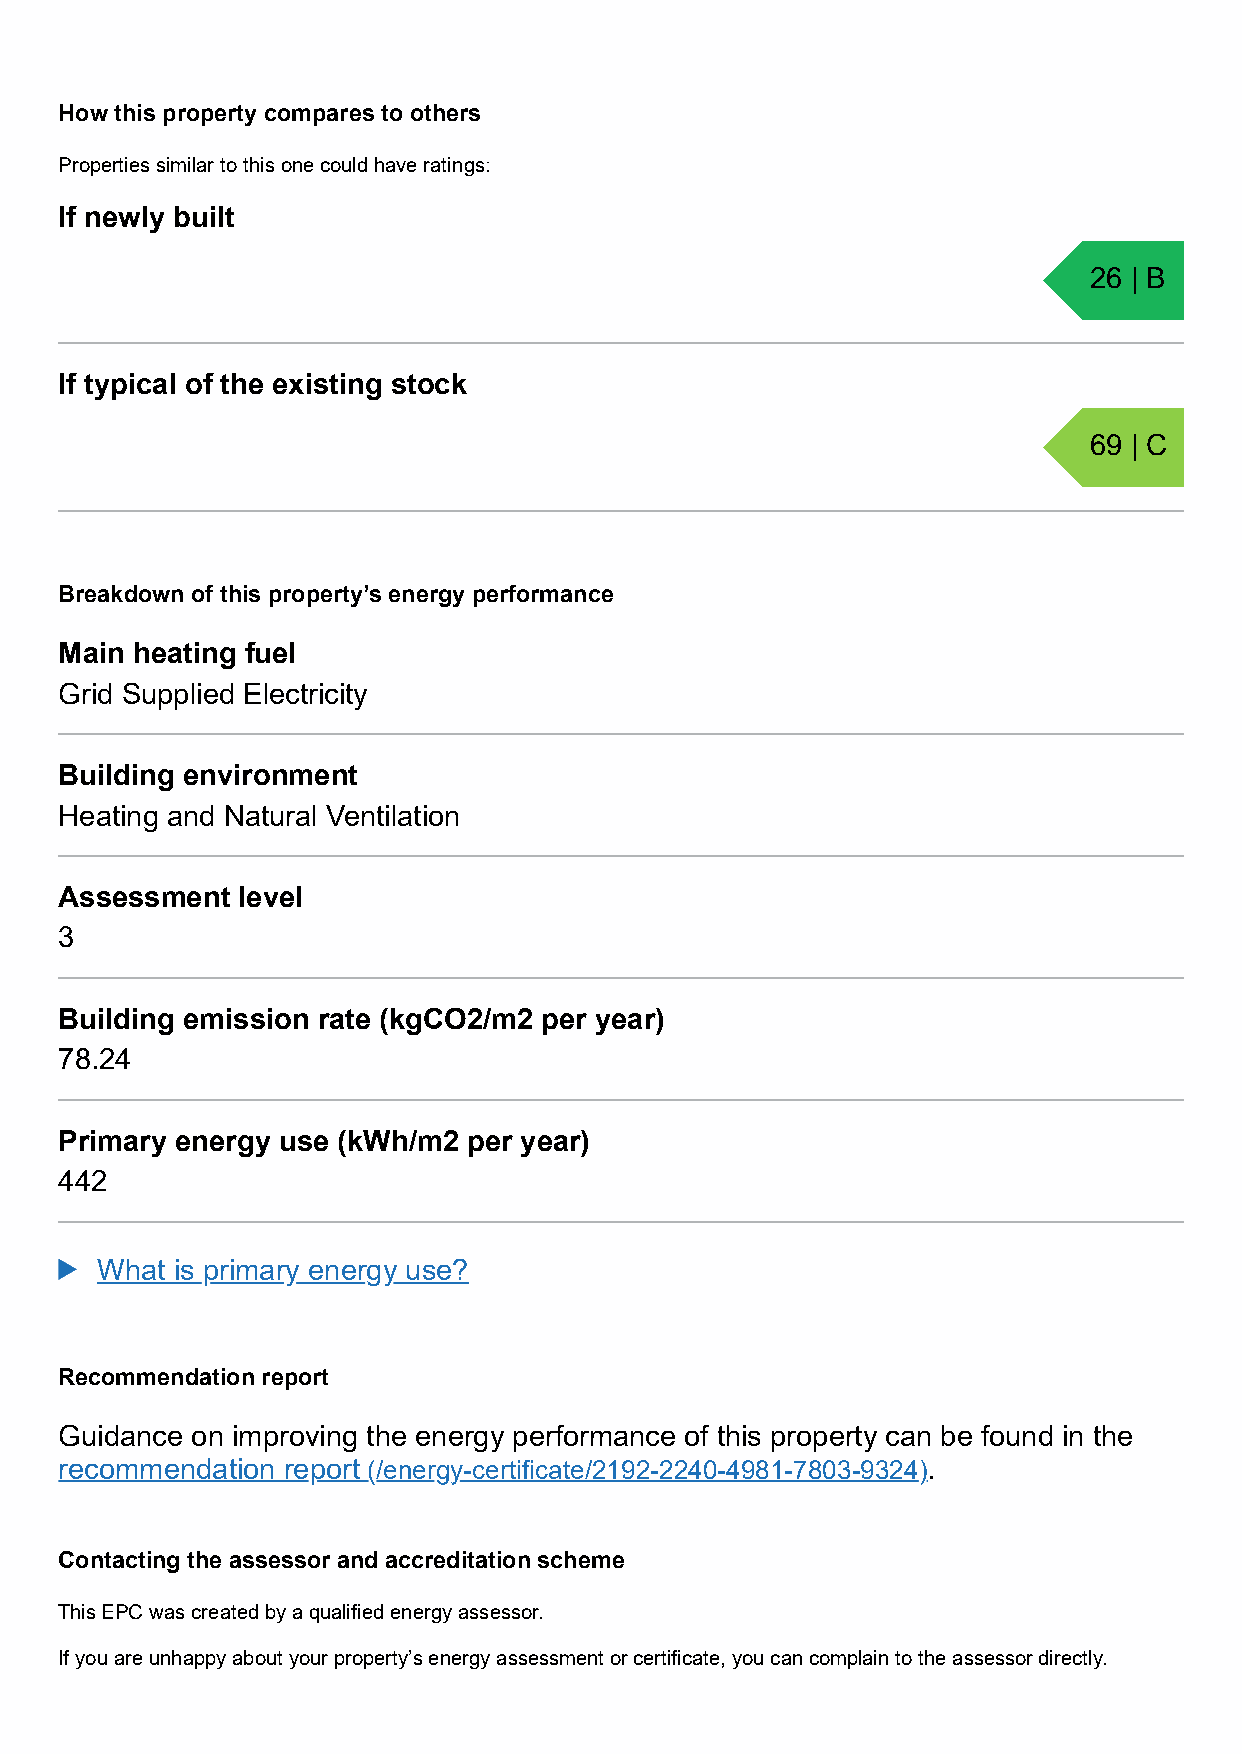
How this property compares to others
 Properties similar to this one could have ratings:
 If newly built
 26 | B
 If typical of the existing stock
 69 | C
 Breakdown of this property’s energy performance
 Main heating fuel
 Grid Supplied Electricity
 Building environment
 Heating and Natural Ventilation
 Assessment  level
 3
 Building emission rate (kgCO2/m2 per year)
 78.24
 Primary energy use (kWh/m2 per year)
 442
 What is primary energy use?
 Recommendation report
 Guidance on improving the energy performance of this property can be found in the
 recommendation report (/energy-certificate/2192-2240-4981-7803-9324).
 Contacting the assessor and accreditation scheme
 This EPC was created by a qualified energy assessor.
 If you are unhappy about your property’s energy assessment or certificate, you can complain to the assessor directly.